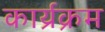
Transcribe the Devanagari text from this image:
कार्य्रक्रम